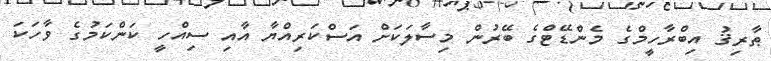
ޠާރިޤު އިބްރާހީމްގެ މެންޑޭޓްގެ ބޭރުން މިސާލަކަށް އަސްކަރިއްޔާ އާއި ސިއްހީ ކަންކަމުގެ ވާހަކަ